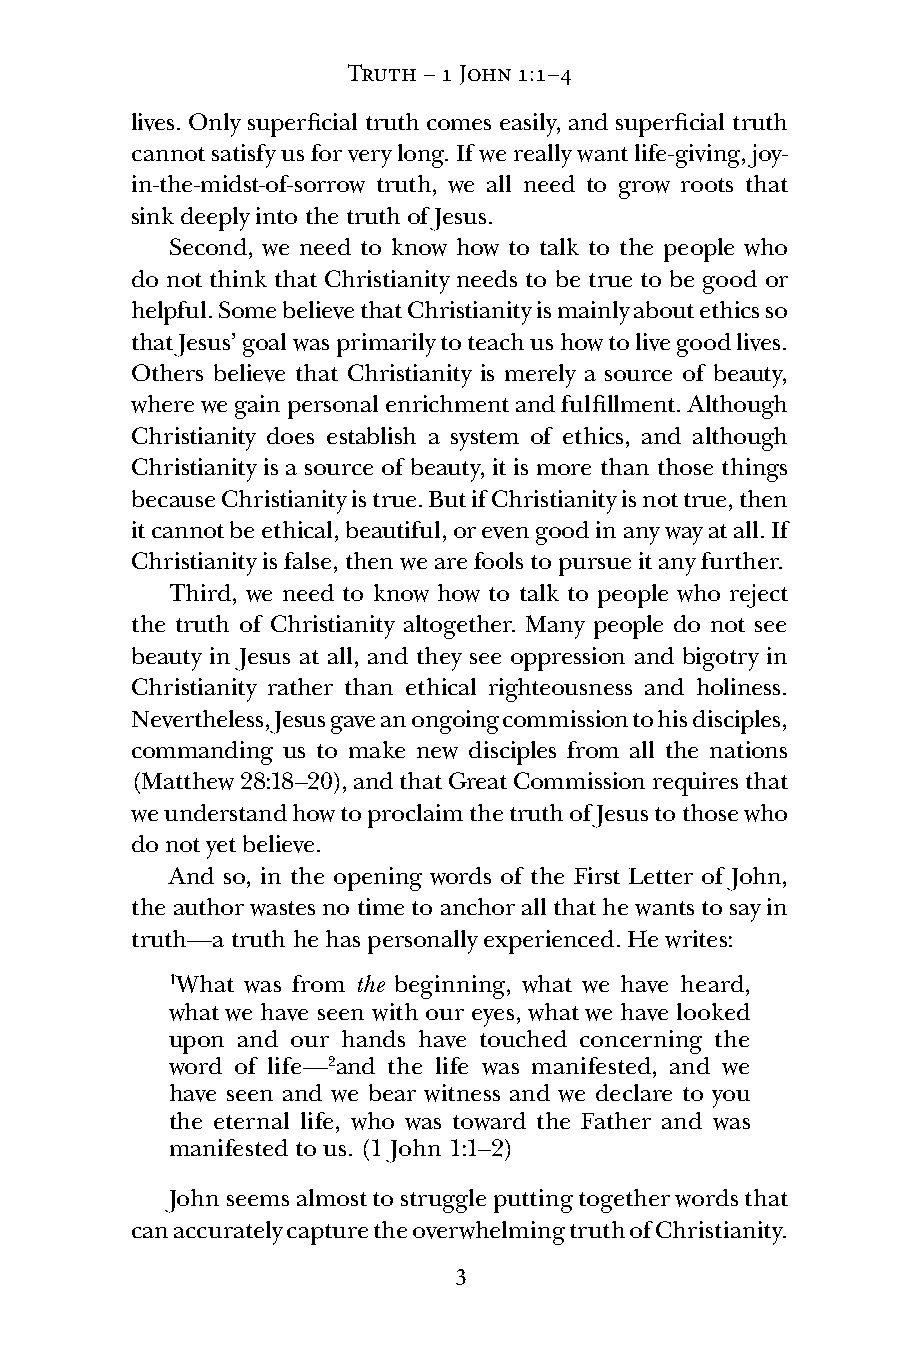
Truth – 1 John 1:1–4
 lives. Only superficial truth comes easily, and superficial truth
 cannot satisfy us for very long. If we really want life-giving, joy-
 in-the-midst-of-sorrow truth, we all need to grow roots that
 sink deeply into the truth of Jesus.
 Second, we need to know how to talk to the people who
 do not think that Christianity needs to be true to be good or
 helpful. Some believe that Christianity is mainly about ethics so
 that Jesus’ goal was primarily to teach us how to live good lives.
 Others believe that Christianity is merely a source of beauty,
 where we gain personal enrichment and fulfillment. Although
 Christianity does establish a system of ethics, and although
 Christianity is a source of beauty, it is more than those things
 because Christianity is true. But if Christianity is not true, then
 it cannot be ethical, beautiful, or even good in any way at all. If
 Christianity is false, then we are fools to pursue it any further.
 Third, we need to know how to talk to people who reject
 the truth of Christianity altogether. Many people do not see
 beauty in Jesus at all, and they see oppression and bigotry in
 Christianity rather than ethical righteousness and holiness.
 Nevertheless, Jesus gave an ongoing commission to his disciples,
 commanding us to make new disciples from all the nations
 (Matthew 28:18–20), and that Great Commission requires that
 we understand how to proclaim the truth of Jesus to those who
 do not yet believe.
 And so, in the opening words of the First Letter of John,
 the author wastes no time to anchor all that he wants to say in
 truth—a truth he has personally experienced. He writes:
 1What was from the beginning, what we have heard,
 what we have seen with our eyes, what we have looked
 upon and our hands have touched concerning the
 word of life—2and the life was manifested, and we
 have seen and we bear witness and we declare to you
 the eternal life, who was toward the Father and was
 manifested to us. (1 John 1:1–2)
 John seems almost to struggle putting together words that
 can accurately capture the overwhelming truth of Christianity.
 3